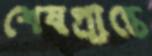
শেষপ্রান্তে